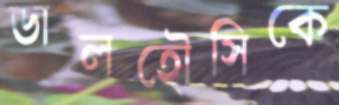
ডালহৌসিকে